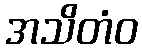
အသိတံဝ